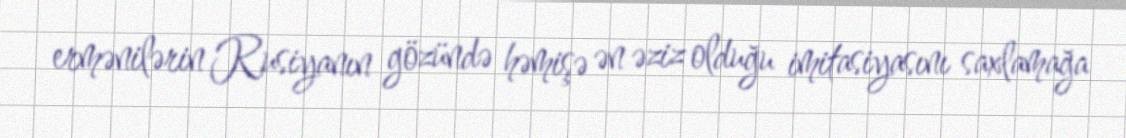
ermənilərin Rusiyanın gözündə həmişə ən əziz olduğu imitasiyasını saxlamağa